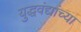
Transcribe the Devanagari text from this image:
युद्धवंद्यांच्या